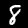
Digit: 8